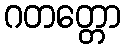
ဂတတ္တော